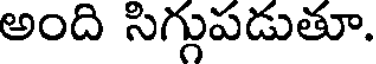
అంది సిగ్గుపడుతూ.